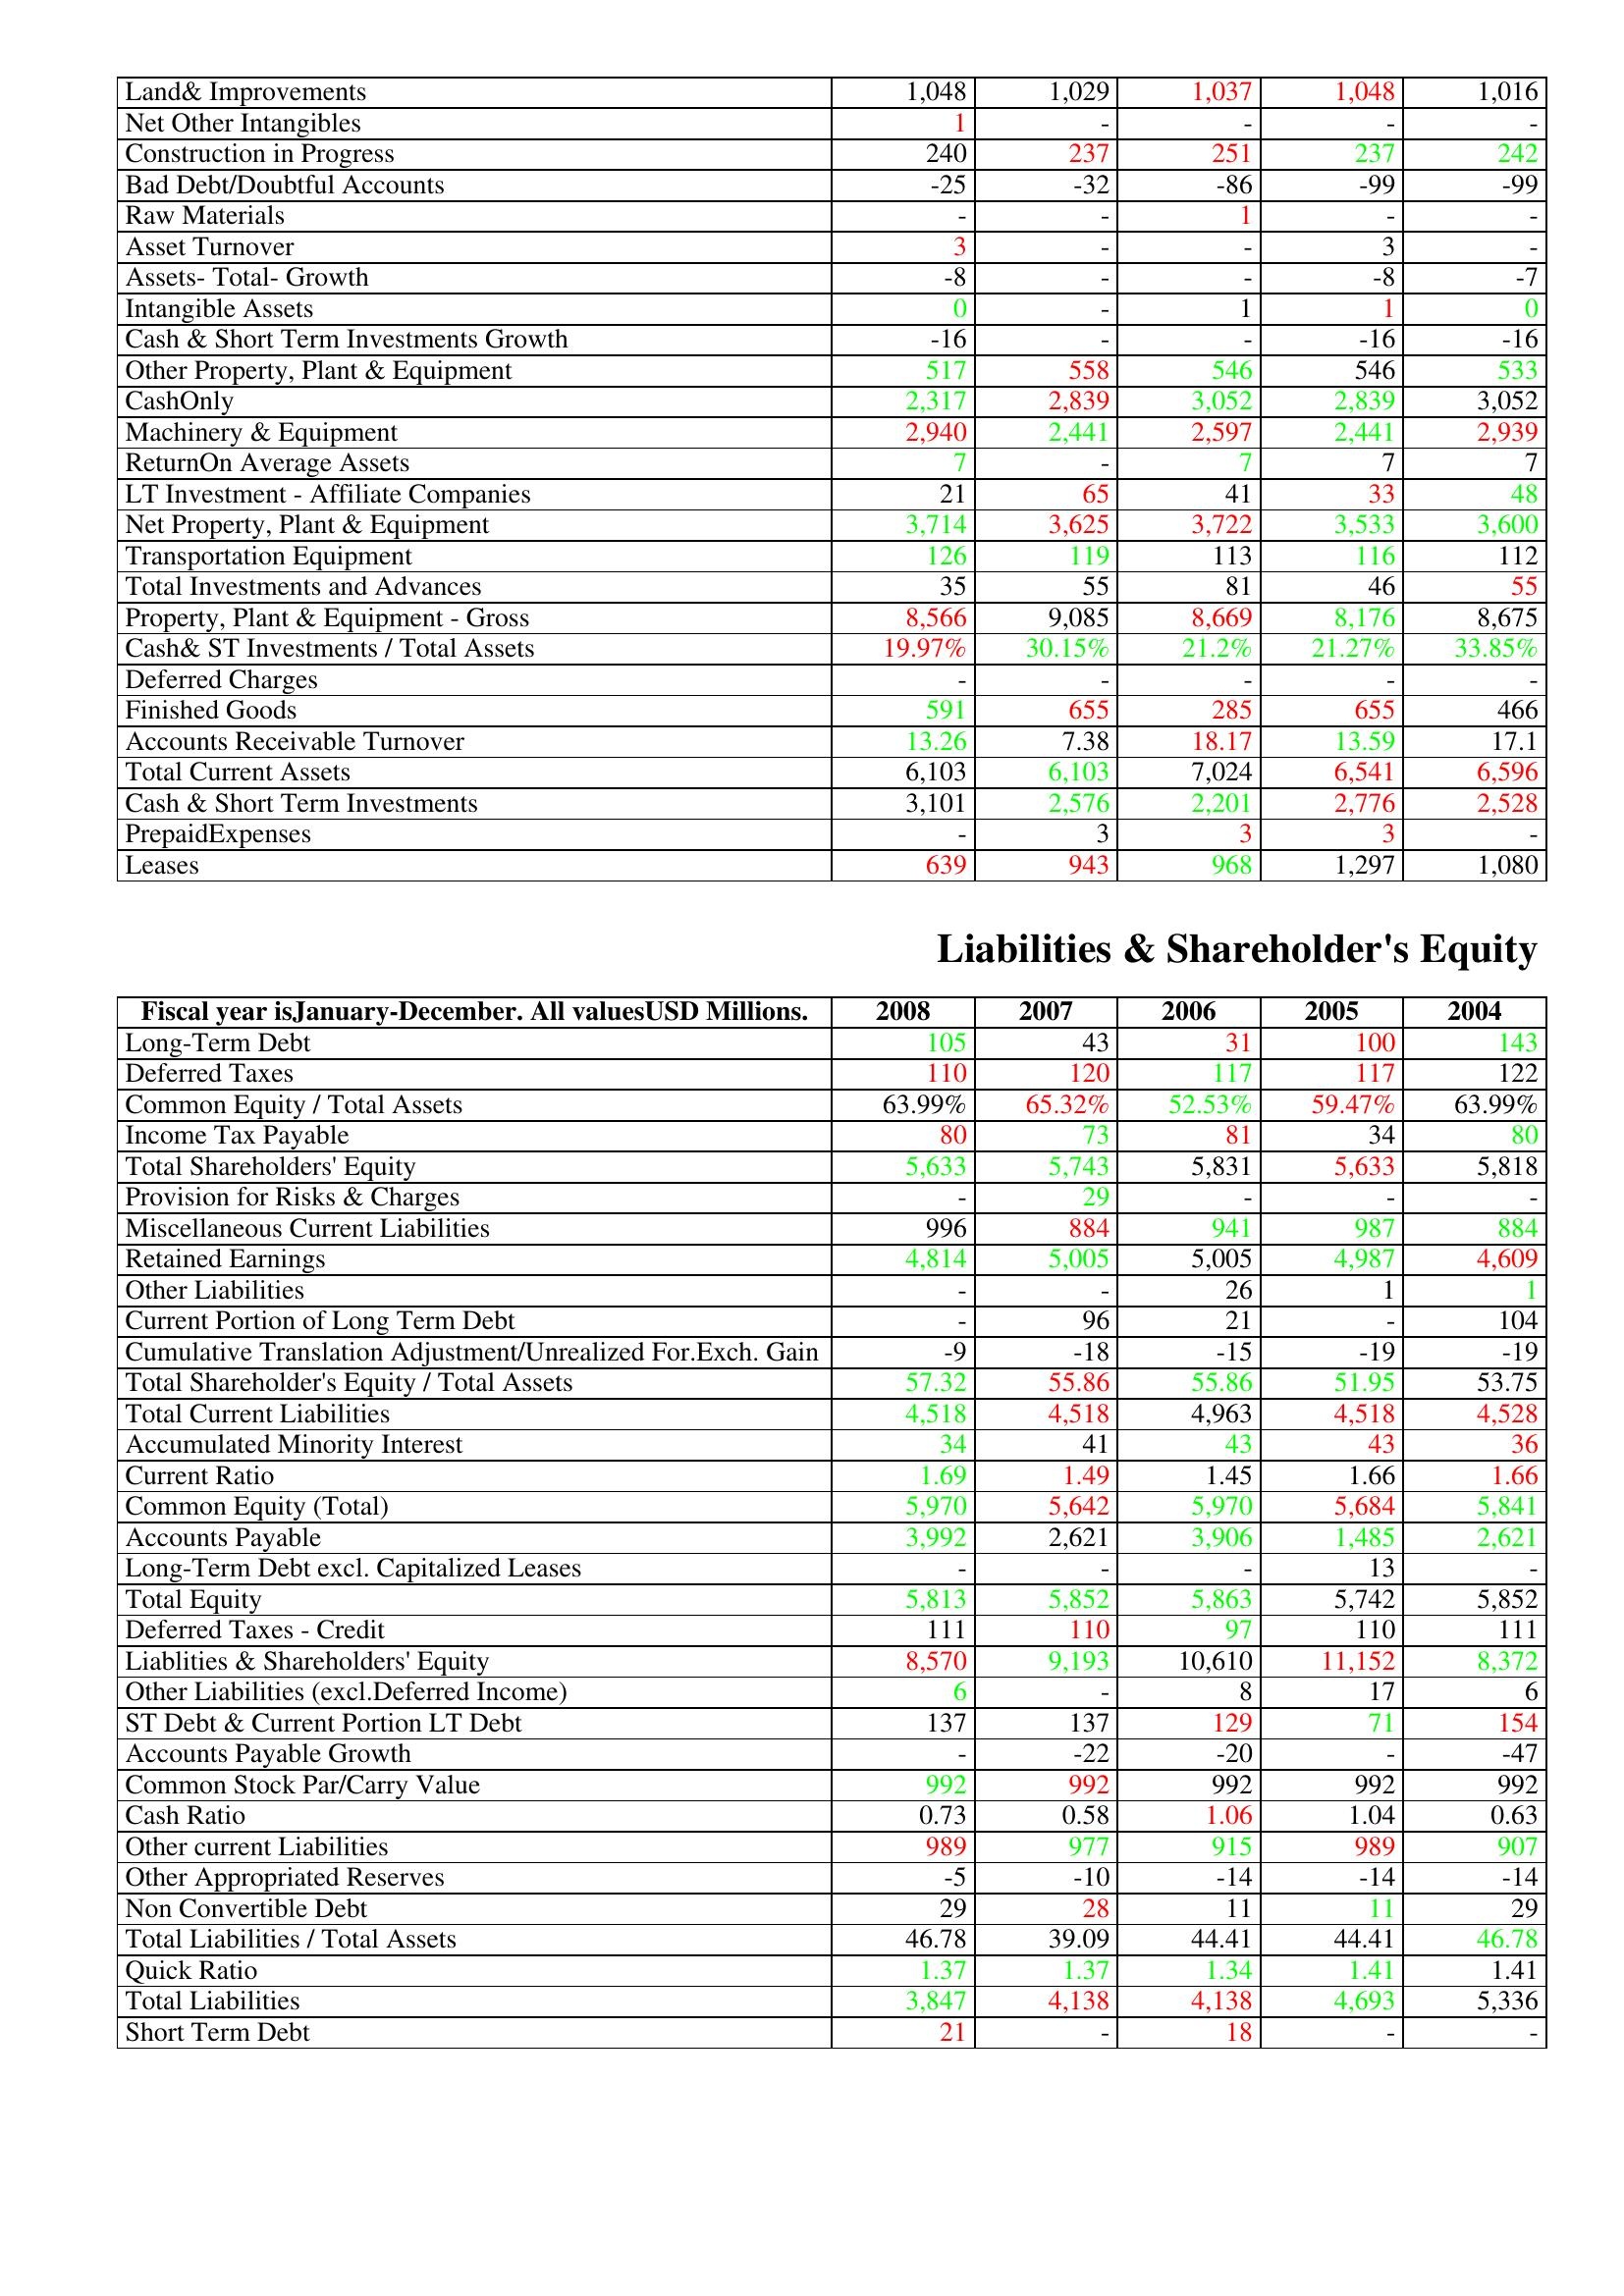
gt_parse: 2008: Assets: Land& Improvements: 1,048
Net Other Intangibles: 1
Construction in Progress: 240
Bad Debt/Doubtful Accounts: -25
Raw Materials: -
Asset Turnover: 3
Assets- Total- Growth: -8
Intangible Assets: 0
Cash & Short Term Investments Growth: -16
Other Property, Plant & Equipment: 517
CashOnly: 2,317
Machinery & Equipment: 2,940
ReturnOn Average Assets: 7
LT Investment - Affiliate Companies: 21
Net Property, Plant & Equipment: 3,714
Transportation Equipment: 126
Total Investments and Advances: 35
Property, Plant & Equipment - Gross : 8,566
Cash& ST Investments / Total Assets: 19.97%
Deferred Charges: -
Finished Goods: 591
Accounts Receivable Turnover: 13.26
Total Current Assets: 6,103
Cash & Short Term Investments: 3,101
PrepaidExpenses: -
Leases: 639
Liabilities & Shareholder's Equity: Long-Term Debt: 105
Deferred Taxes: 110
Common Equity / Total Assets: 63.99%
Income Tax Payable: 80
Total Shareholders' Equity: 5,633
Provision for Risks & Charges: -
Miscellaneous Current Liabilities: 996
Retained Earnings: 4,814
Other Liabilities: -
Current Portion of Long Term Debt: -
Cumulative Translation Adjustment/Unrealized For.Exch. Gain: -9
Total Shareholder's Equity / Total Assets: 57.32
Total Current Liabilities: 4,518
Accumulated Minority Interest: 34
Current Ratio: 1.69
Common Equity (Total): 5,970
Accounts Payable: 3,992
Long-Term Debt excl. Capitalized Leases: -
Total Equity: 5,813
Deferred Taxes - Credit: 111
Liablities & Shareholders' Equity: 8,570
Other Liabilities (excl.Deferred Income): 6
ST Debt & Current Portion LT Debt: 137
Accounts Payable Growth: -
Common Stock Par/Carry Value: 992
Cash Ratio: 0.73
Other current Liabilities: 989
Other Appropriated Reserves: -5
Non Convertible Debt: 29
Total Liabilities / Total Assets: 46.78
Quick Ratio: 1.37
Total Liabilities: 3,847
Short Term Debt: 21
2007: Assets: Land& Improvements: 1,029
Net Other Intangibles: -
Construction in Progress: 237
Bad Debt/Doubtful Accounts: -32
Raw Materials: -
Asset Turnover: -
Assets- Total- Growth: -
Intangible Assets: -
Cash & Short Term Investments Growth: -
Other Property, Plant & Equipment: 558
CashOnly: 2,839
Machinery & Equipment: 2,441
ReturnOn Average Assets: -
LT Investment - Affiliate Companies: 65
Net Property, Plant & Equipment: 3,625
Transportation Equipment: 119
Total Investments and Advances: 55
Property, Plant & Equipment - Gross : 9,085
Cash& ST Investments / Total Assets: 30.15%
Deferred Charges: -
Finished Goods: 655
Accounts Receivable Turnover: 7.38
Total Current Assets: 6,103
Cash & Short Term Investments: 2,576
PrepaidExpenses: 3
Leases: 943
Liabilities & Shareholder's Equity: Long-Term Debt: 43
Deferred Taxes: 120
Common Equity / Total Assets: 65.32%
Income Tax Payable: 73
Total Shareholders' Equity: 5,743
Provision for Risks & Charges: 29
Miscellaneous Current Liabilities: 884
Retained Earnings: 5,005
Other Liabilities: -
Current Portion of Long Term Debt: 96
Cumulative Translation Adjustment/Unrealized For.Exch. Gain: -18
Total Shareholder's Equity / Total Assets: 55.86
Total Current Liabilities: 4,518
Accumulated Minority Interest: 41
Current Ratio: 1.49
Common Equity (Total): 5,642
Accounts Payable: 2,621
Long-Term Debt excl. Capitalized Leases: -
Total Equity: 5,852
Deferred Taxes - Credit: 110
Liablities & Shareholders' Equity: 9,193
Other Liabilities (excl.Deferred Income): -
ST Debt & Current Portion LT Debt: 137
Accounts Payable Growth: -22
Common Stock Par/Carry Value: 992
Cash Ratio: 0.58
Other current Liabilities: 977
Other Appropriated Reserves: -10
Non Convertible Debt: 28
Total Liabilities / Total Assets: 39.09
Quick Ratio: 1.37
Total Liabilities: 4,138
Short Term Debt: -
2006: Assets: Land& Improvements: 1,037
Net Other Intangibles: -
Construction in Progress: 251
Bad Debt/Doubtful Accounts: -86
Raw Materials: 1
Asset Turnover: -
Assets- Total- Growth: -
Intangible Assets: 1
Cash & Short Term Investments Growth: -
Other Property, Plant & Equipment: 546
CashOnly: 3,052
Machinery & Equipment: 2,597
ReturnOn Average Assets: 7
LT Investment - Affiliate Companies: 41
Net Property, Plant & Equipment: 3,722
Transportation Equipment: 113
Total Investments and Advances: 81
Property, Plant & Equipment - Gross : 8,669
Cash& ST Investments / Total Assets: 21.2%
Deferred Charges: -
Finished Goods: 285
Accounts Receivable Turnover: 18.17
Total Current Assets: 7,024
Cash & Short Term Investments: 2,201
PrepaidExpenses: 3
Leases: 968
Liabilities & Shareholder's Equity: Long-Term Debt: 31
Deferred Taxes: 117
Common Equity / Total Assets: 52.53%
Income Tax Payable: 81
Total Shareholders' Equity: 5,831
Provision for Risks & Charges: -
Miscellaneous Current Liabilities: 941
Retained Earnings: 5,005
Other Liabilities: 26
Current Portion of Long Term Debt: 21
Cumulative Translation Adjustment/Unrealized For.Exch. Gain: -15
Total Shareholder's Equity / Total Assets: 55.86
Total Current Liabilities: 4,963
Accumulated Minority Interest: 43
Current Ratio: 1.45
Common Equity (Total): 5,970
Accounts Payable: 3,906
Long-Term Debt excl. Capitalized Leases: -
Total Equity: 5,863
Deferred Taxes - Credit: 97
Liablities & Shareholders' Equity: 10,610
Other Liabilities (excl.Deferred Income): 8
ST Debt & Current Portion LT Debt: 129
Accounts Payable Growth: -20
Common Stock Par/Carry Value: 992
Cash Ratio: 1.06
Other current Liabilities: 915
Other Appropriated Reserves: -14
Non Convertible Debt: 11
Total Liabilities / Total Assets: 44.41
Quick Ratio: 1.34
Total Liabilities: 4,138
Short Term Debt: 18
2005: Assets: Land& Improvements: 1,048
Net Other Intangibles: -
Construction in Progress: 237
Bad Debt/Doubtful Accounts: -99
Raw Materials: -
Asset Turnover: 3
Assets- Total- Growth: -8
Intangible Assets: 1
Cash & Short Term Investments Growth: -16
Other Property, Plant & Equipment: 546
CashOnly: 2,839
Machinery & Equipment: 2,441
ReturnOn Average Assets: 7
LT Investment - Affiliate Companies: 33
Net Property, Plant & Equipment: 3,533
Transportation Equipment: 116
Total Investments and Advances: 46
Property, Plant & Equipment - Gross : 8,176
Cash& ST Investments / Total Assets: 21.27%
Deferred Charges: -
Finished Goods: 655
Accounts Receivable Turnover: 13.59
Total Current Assets: 6,541
Cash & Short Term Investments: 2,776
PrepaidExpenses: 3
Leases: 1,297
Liabilities & Shareholder's Equity: Long-Term Debt: 100
Deferred Taxes: 117
Common Equity / Total Assets: 59.47%
Income Tax Payable: 34
Total Shareholders' Equity: 5,633
Provision for Risks & Charges: -
Miscellaneous Current Liabilities: 987
Retained Earnings: 4,987
Other Liabilities: 1
Current Portion of Long Term Debt: -
Cumulative Translation Adjustment/Unrealized For.Exch. Gain: -19
Total Shareholder's Equity / Total Assets: 51.95
Total Current Liabilities: 4,518
Accumulated Minority Interest: 43
Current Ratio: 1.66
Common Equity (Total): 5,684
Accounts Payable: 1,485
Long-Term Debt excl. Capitalized Leases: 13
Total Equity: 5,742
Deferred Taxes - Credit: 110
Liablities & Shareholders' Equity: 11,152
Other Liabilities (excl.Deferred Income): 17
ST Debt & Current Portion LT Debt: 71
Accounts Payable Growth: -
Common Stock Par/Carry Value: 992
Cash Ratio: 1.04
Other current Liabilities: 989
Other Appropriated Reserves: -14
Non Convertible Debt: 11
Total Liabilities / Total Assets: 44.41
Quick Ratio: 1.41
Total Liabilities: 4,693
Short Term Debt: -
2004: Assets: Land& Improvements: 1,016
Net Other Intangibles: -
Construction in Progress: 242
Bad Debt/Doubtful Accounts: -99
Raw Materials: -
Asset Turnover: -
Assets- Total- Growth: -7
Intangible Assets: 0
Cash & Short Term Investments Growth: -16
Other Property, Plant & Equipment: 533
CashOnly: 3,052
Machinery & Equipment: 2,939
ReturnOn Average Assets: 7
LT Investment - Affiliate Companies: 48
Net Property, Plant & Equipment: 3,600
Transportation Equipment: 112
Total Investments and Advances: 55
Property, Plant & Equipment - Gross : 8,675
Cash& ST Investments / Total Assets: 33.85%
Deferred Charges: -
Finished Goods: 466
Accounts Receivable Turnover: 17.1
Total Current Assets: 6,596
Cash & Short Term Investments: 2,528
PrepaidExpenses: -
Leases: 1,080
Liabilities & Shareholder's Equity: Long-Term Debt: 143
Deferred Taxes: 122
Common Equity / Total Assets: 63.99%
Income Tax Payable: 80
Total Shareholders' Equity: 5,818
Provision for Risks & Charges: -
Miscellaneous Current Liabilities: 884
Retained Earnings: 4,609
Other Liabilities: 1
Current Portion of Long Term Debt: 104
Cumulative Translation Adjustment/Unrealized For.Exch. Gain: -19
Total Shareholder's Equity / Total Assets: 53.75
Total Current Liabilities: 4,528
Accumulated Minority Interest: 36
Current Ratio: 1.66
Common Equity (Total): 5,841
Accounts Payable: 2,621
Long-Term Debt excl. Capitalized Leases: -
Total Equity: 5,852
Deferred Taxes - Credit: 111
Liablities & Shareholders' Equity: 8,372
Other Liabilities (excl.Deferred Income): 6
ST Debt & Current Portion LT Debt: 154
Accounts Payable Growth: -47
Common Stock Par/Carry Value: 992
Cash Ratio: 0.63
Other current Liabilities: 907
Other Appropriated Reserves: -14
Non Convertible Debt: 29
Total Liabilities / Total Assets: 46.78
Quick Ratio: 1.41
Total Liabilities: 5,336
Short Term Debt: -